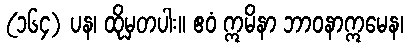
(၁၆၄) ပန၊ ထိုမှတပါး။ ဧဝံ ဣမိနာ ဘာဝနာဣမေန၊